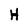
Character: H